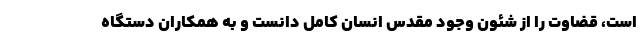
است، قضاوت را از شئون وجود مقدس انسان کامل دانست و به همکاران دستگاه